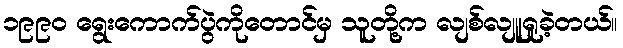
၁၉၉၀ ရွေးကောက်ပွဲကိုတောင်မှ သူတို့က လျစ်လျူရှုခဲ့တယ်။